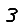
Digit: 3